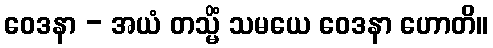
ဝေဒနာ - အယံ တသ္မိံ သမယေ ဝေဒနာ ဟောတိ။